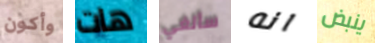
وأكون هات سألغي انه ينبض